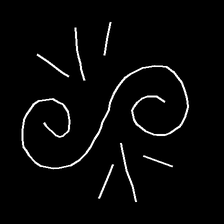
Glyph: wind-directs-air